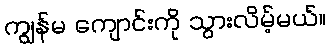
ကျွန်မ ကျောင်းကို သွားလိမ့်မယ်။